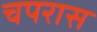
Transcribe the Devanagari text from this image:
चपरास